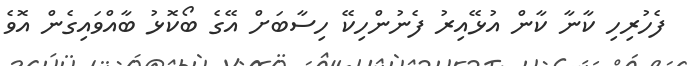
ފެހުރިހި ކާނާ ކާން އުޅޭއިރު ފެނުންހިކޭ ހިސާބަށް އޭގެ ބޯކޮޅު ބާއްވައިގެން އޮވެ